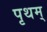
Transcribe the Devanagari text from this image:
पृथम्‌